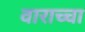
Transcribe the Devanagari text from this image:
वाराच्चा